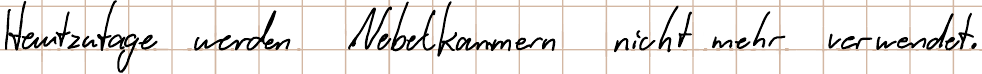
Heutzutage werden Nebelkammern nicht mehr verwendet.